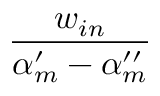
\frac { w _ { i n } } { \alpha _ { m } ^ { \prime } - \alpha _ { m } ^ { \prime \prime } }